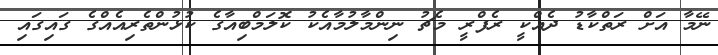
ނޭމާ އަށް ރަތްކާޑު ދެއްކީ ރެފްރީ މެޗު ނިންމާލުމާއެކު ކޮލަމްބިއާގެ ކުޅުންތެރިއެއްގެ ގައިގައި